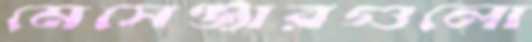
মেসেঞ্জারগুলো